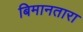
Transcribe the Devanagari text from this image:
बिमानतारा